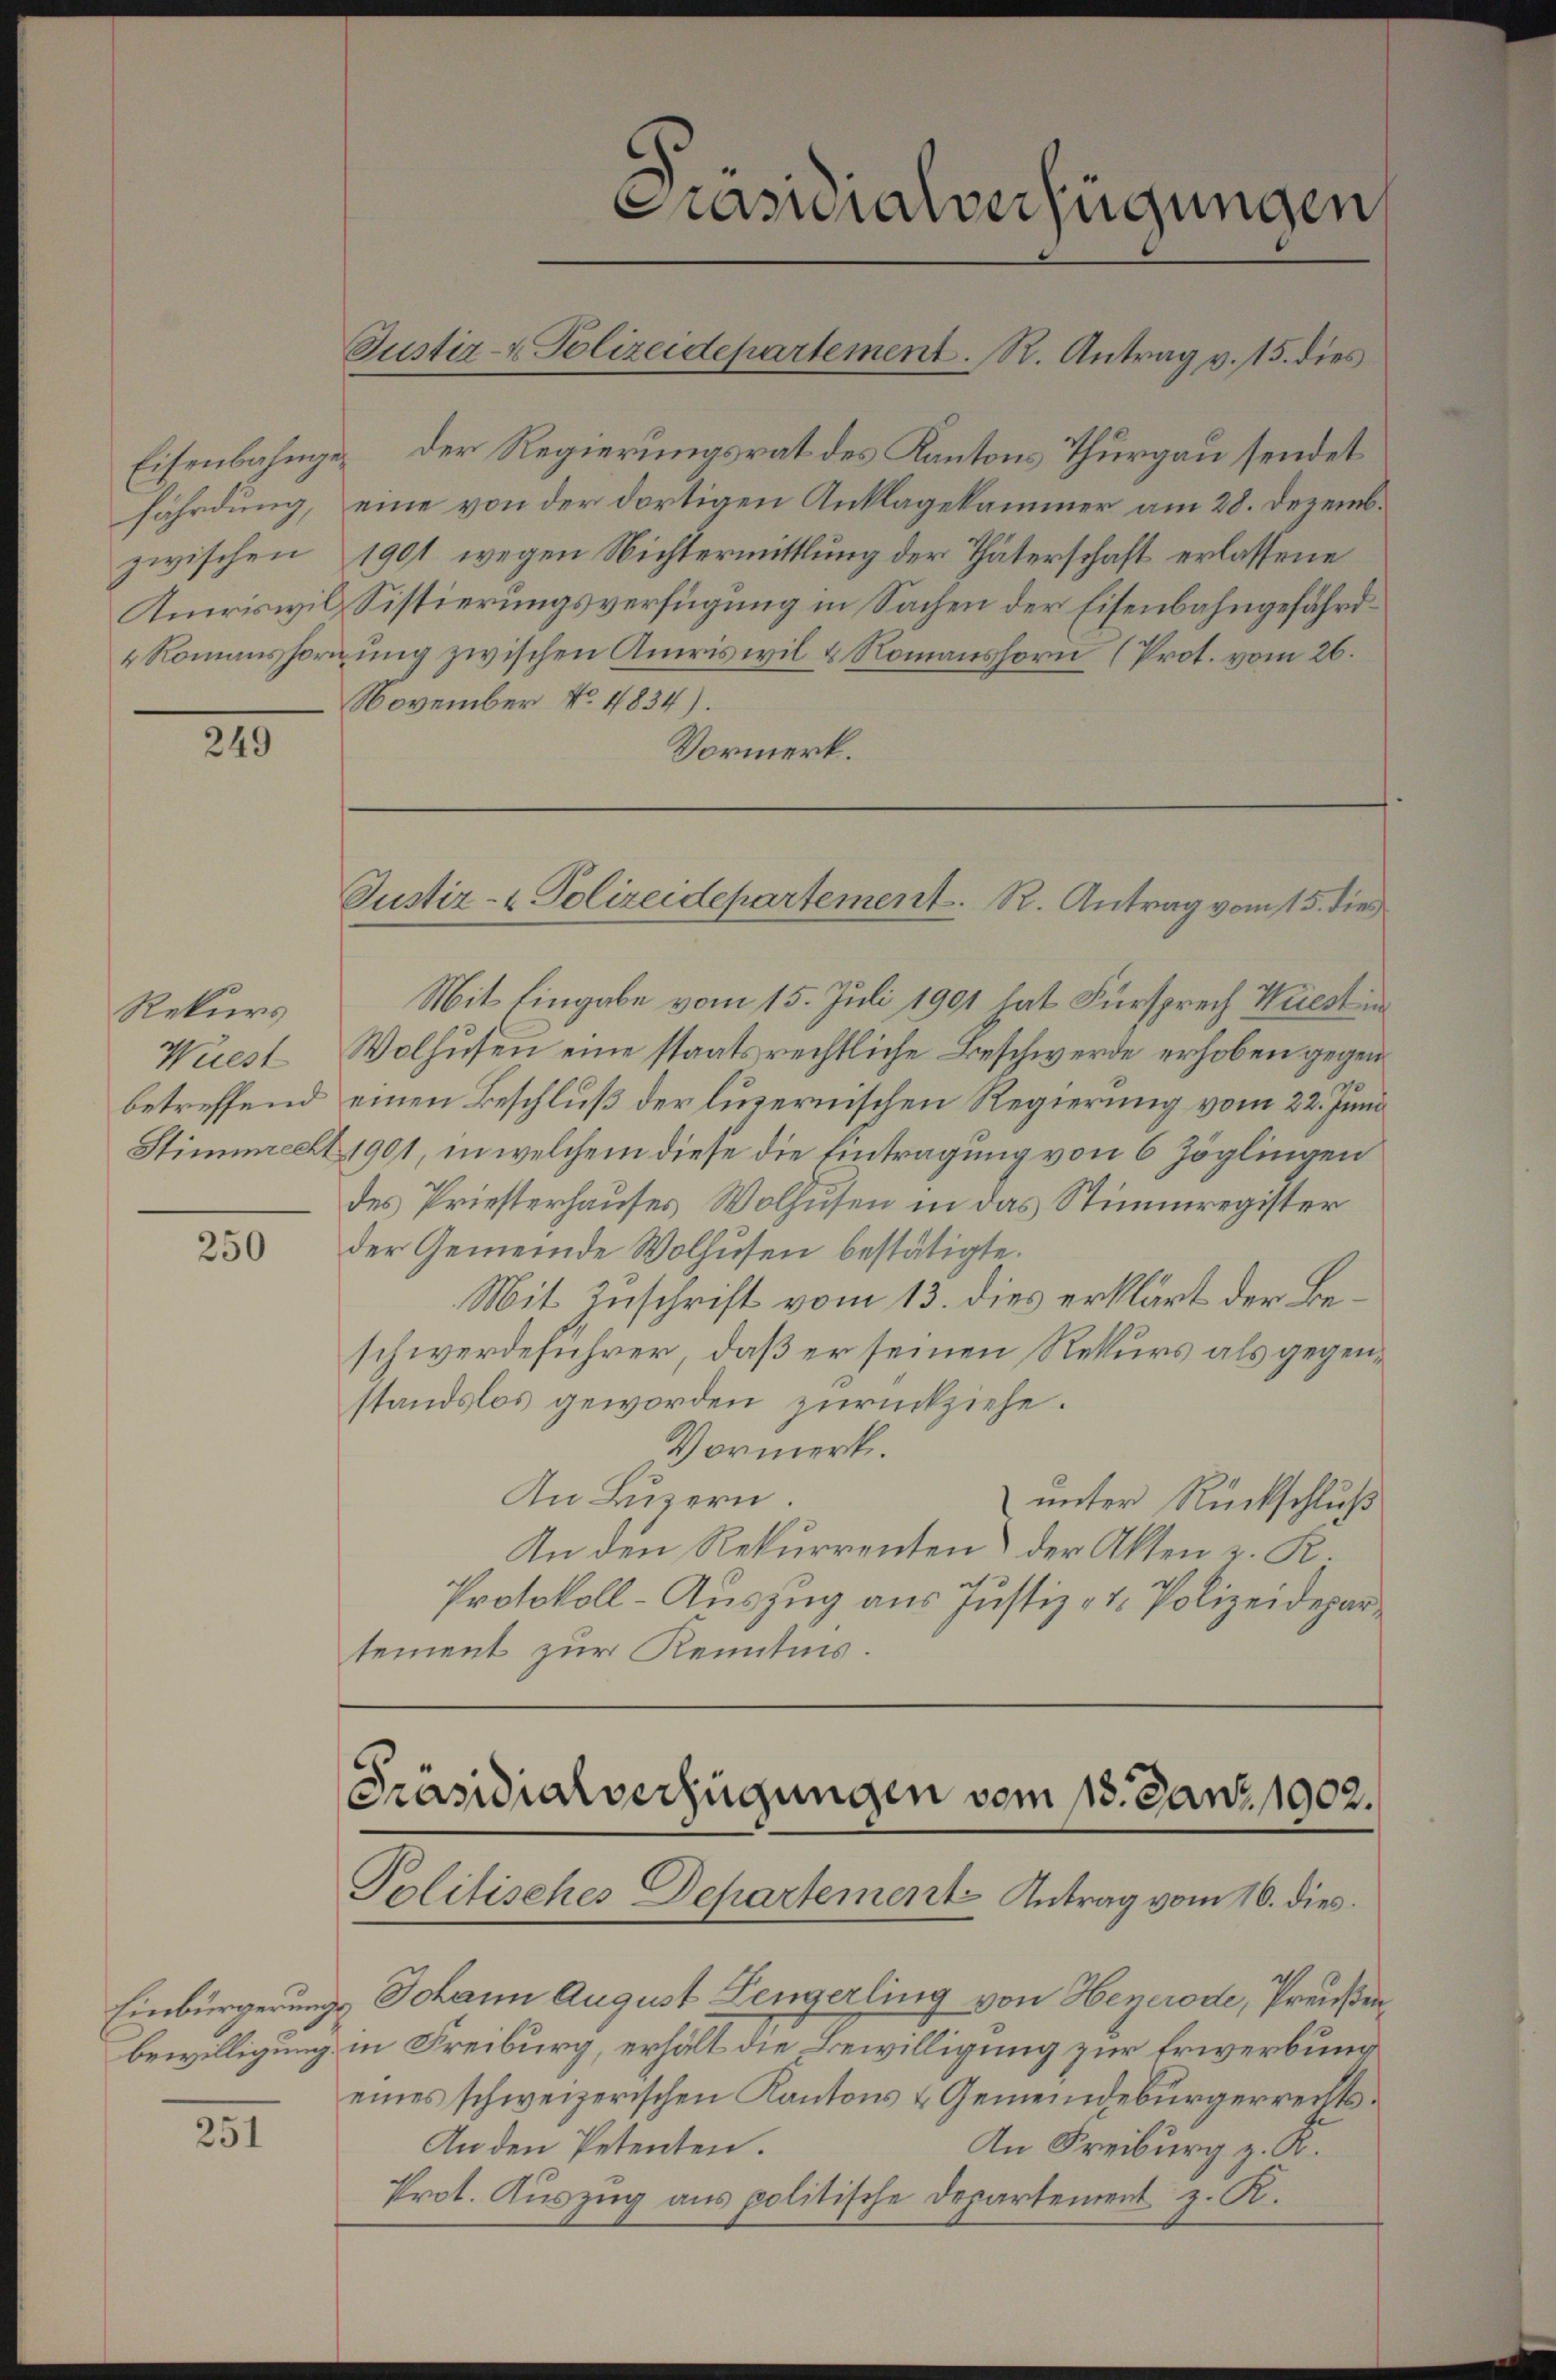
fährdung,
zwischen
Amriswil,
4 Romanshorn

249

Rekurs
Wüest
betreffend

250

251

Eisenbahnge der Regierungsrat des Kantons Thurgau sendet
eine von der dortigen Anklagekammer am 28. Dezemb.
1901 wegen Nichtermittlung der Thäterschaft erlassene
Sistierungsverfügung in Sachen der Eisenbahngefährdung zwischen Amriswil & Romanshorn (Prot. vom 26.
November No. 4834).
Vormerk.

Prasialverfügungen
Justiz- & Polizeidepartement. R. Antrag v. 15. dies

Justiz- & Polizeidepartement. R. Antrag vom 15. dies

Mit Eingabe vom 15. Juli 1901 hat Fürsprech Wiest in
Wolhusen eine staatsrechtliche Beschwerde erhoben gegen
einen Beschluß der luzernischen Regierung vom 22. Juni
Stimmrecht 1901, in welchem diese die Eintragung von 6 Zöglingen
des Priesterhauses Wolhusen in das Stimmregister
der Gemeinde Wolhusen bestätigte.
Mit Zuschrift vom 13. dies erklärt der Beschwerdeführer, daß er seinen Rekurs als gegenstandslos geworden zurückziehe.
Vormerk.
An Luzern.
unter Rückschluß
An den Rekurrenten) der Akten z. K.
Protokoll-Auszug aus Justiz- & Polizeidepartement zur Kenntnis.

Präsidialverfügungen vom 18. Janz, 1902.
Politisches Departement Antrag vom 16. dies

Einbürgerungs Johann August Lengerling von Hegerode, Preußen
bewilligung in Freiburg, erhält die Bewilligung zur Erwerbung
eines schweizerischen Kantons & Gemeindebürgerrechts¬
An den Petenten.
An Freiburg z. K.
Prot. Auszug aus politische Departement z. R.